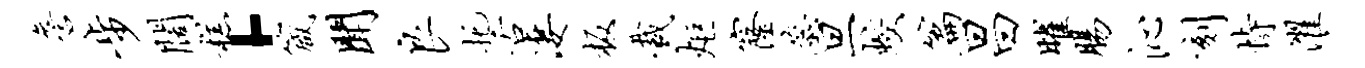
詹步阔糕·箴闻良托舌凄板裁炬窿蕊旦蛟篇昌曜肠沁刻恃濯